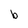
Character: b